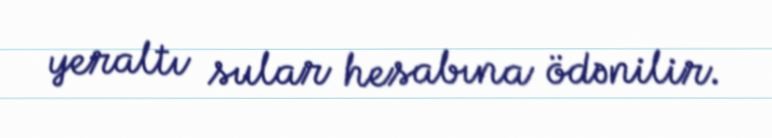
yeraltı sular hesabına ödənilir.